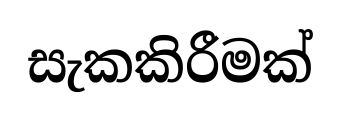
සැකකිරීමක්